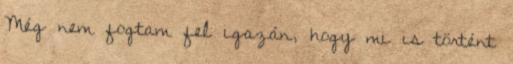
Még nem fogtam fel igazán, hogy mi is történt